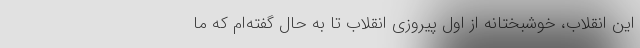
این انقلاب، خوشبختانه از اول پیروزی انقلاب تا به حال گفته‌ام که ما